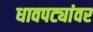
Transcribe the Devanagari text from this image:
धावपट्यांवर